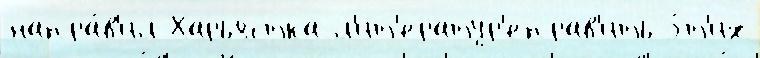
напра́в'ил Харьястка л'ит'ератур'еправ'ить э́т'их